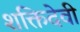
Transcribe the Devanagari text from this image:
शक्तिदेवी